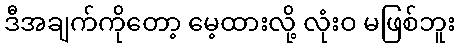
ဒီအချက်ကိုတော့ မေ့ထားလို့ လုံးဝ မဖြစ်ဘူး